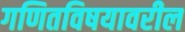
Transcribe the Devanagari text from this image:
गणितविषयावरील